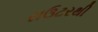
રાઉટરથી